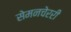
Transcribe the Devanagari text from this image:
सेमनचेररी